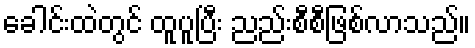
ခေါင်းထဲတွင် ထူပူပြီး ညည်းစီစီဖြစ်လာသည်။